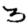
Digit: 3